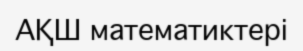
АҚШ математиктері